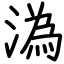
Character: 溈